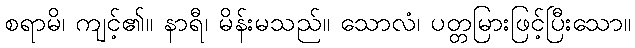
စရာမိ၊ ကျင့်၏။ နာရီ၊ မိန်းမသည်။ သောလံ၊ ပတ္တမြားဖြင့်ပြီးသော။